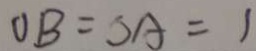
O B = O A = 1